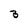
Character: 3